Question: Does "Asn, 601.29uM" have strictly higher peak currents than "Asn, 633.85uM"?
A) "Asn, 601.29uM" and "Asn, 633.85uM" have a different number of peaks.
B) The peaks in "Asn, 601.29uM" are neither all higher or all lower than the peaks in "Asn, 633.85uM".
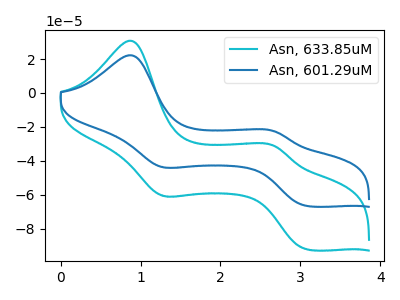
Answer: <think>The cyan curve "Asn, 633.85uM" has anodic peaks at (0.90V, 30.80uA) (2.65V, -31.25uA) and cathodic peaks at (1.25V, -60.30uA) (3.10V, -92.20uA). The blue curve "Asn, 601.29uM" has anodic peaks at (0.90V, 22.25uA) (2.65V, -22.55uA) and cathodic peaks at (1.25V, -43.55uA) (3.10V, -66.60uA).</think>
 <answer>B) The peaks in "Asn, 601.29uM" are neither all higher or all lower than the peaks in "Asn, 633.85uM".</answer>
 <eval>B</eval>